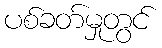
ပစ်ခတ်မှုတွင်